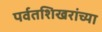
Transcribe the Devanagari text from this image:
पर्वतशिखरांच्या